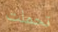
تحملت